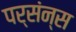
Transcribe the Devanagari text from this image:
पर्संन्स